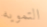
التمويه